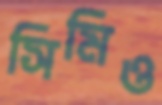
সিমিও